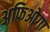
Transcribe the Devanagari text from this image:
अफिओगा